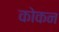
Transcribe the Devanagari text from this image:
कोकन